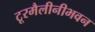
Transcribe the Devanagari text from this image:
टूरमैलीनीभवन